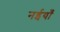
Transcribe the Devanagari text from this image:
नईयाँ